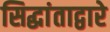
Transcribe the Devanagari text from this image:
सिद्धांताद्वारे